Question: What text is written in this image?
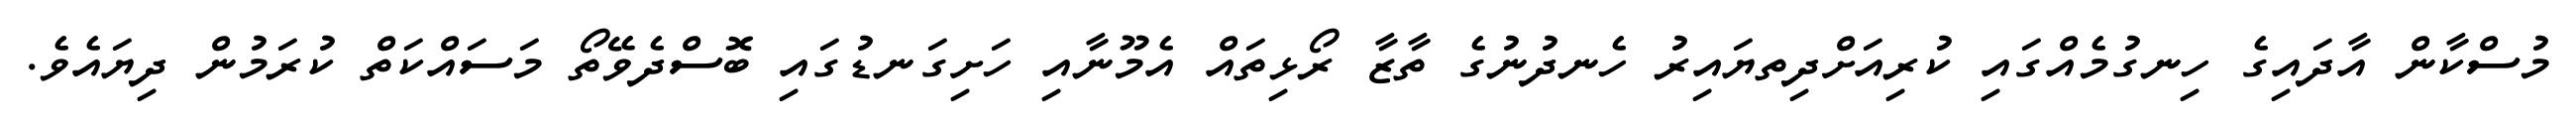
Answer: މުސްކާން އާދައިގެ ހިނގުމެއްގައި ކުރިއަށްދިތޔައިރު ހެނދުނުގެ ތާޒާ ރޯޅިތައް އެމޫނާއި ހަށިގަނޑުގައި ބޮސްދެވޭތޯ މަސައްކަތް ކުރަމުން ދިޔައެވެ.